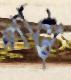
পাশ্তু